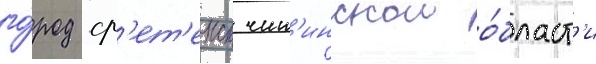
го́род ср'ет'енск чит'инскои о́бласт'и